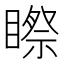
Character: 𥉻